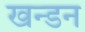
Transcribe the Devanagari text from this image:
खन्डन